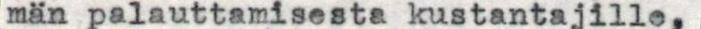
män palauttamisesta kustantajille,